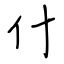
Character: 什